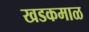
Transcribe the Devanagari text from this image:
खडकमाळ